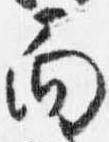
面